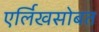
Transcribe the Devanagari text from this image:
एर्लिखसोबत